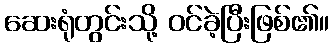
ဆေးရုံတွင်းသို့ ဝင်ခဲ့ပြီးဖြစ်၏။